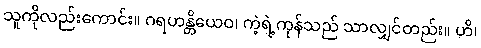
သူကိုလည်းကောင်း။ ဂရဟန္တိယေဝ၊ ကဲ့ရဲ့ကုန်သည် သာလျှင်တည်း။ ဟိ၊